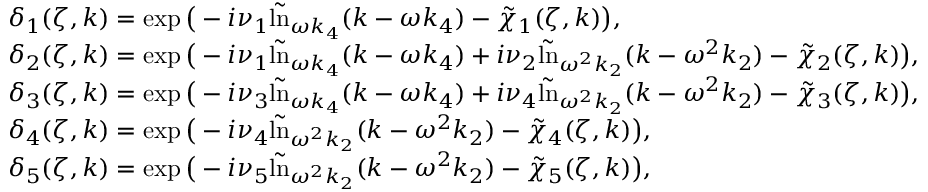
\begin{array} { r l } & { \delta _ { 1 } ( \zeta , k ) = \exp \big ( - i \nu _ { 1 } \tilde { \ln } _ { \omega k _ { 4 } } ( k - \omega k _ { 4 } ) - \tilde { \chi } _ { 1 } ( \zeta , k ) \big ) , } \\ & { \delta _ { 2 } ( \zeta , k ) = \exp \big ( - i \nu _ { 1 } \tilde { \ln } _ { \omega k _ { 4 } } ( k - \omega k _ { 4 } ) + i \nu _ { 2 } \tilde { \ln } _ { \omega ^ { 2 } k _ { 2 } } ( k - \omega ^ { 2 } k _ { 2 } ) - \tilde { \chi } _ { 2 } ( \zeta , k ) \big ) , } \\ & { \delta _ { 3 } ( \zeta , k ) = \exp \big ( - i \nu _ { 3 } \tilde { \ln } _ { \omega k _ { 4 } } ( k - \omega k _ { 4 } ) + i \nu _ { 4 } \tilde { \ln } _ { \omega ^ { 2 } k _ { 2 } } ( k - \omega ^ { 2 } k _ { 2 } ) - \tilde { \chi } _ { 3 } ( \zeta , k ) \big ) , } \\ & { \delta _ { 4 } ( \zeta , k ) = \exp \big ( - i \nu _ { 4 } \tilde { \ln } _ { \omega ^ { 2 } k _ { 2 } } ( k - \omega ^ { 2 } k _ { 2 } ) - \tilde { \chi } _ { 4 } ( \zeta , k ) \big ) , } \\ & { \delta _ { 5 } ( \zeta , k ) = \exp \big ( - i \nu _ { 5 } \tilde { \ln } _ { \omega ^ { 2 } k _ { 2 } } ( k - \omega ^ { 2 } k _ { 2 } ) - \tilde { \chi } _ { 5 } ( \zeta , k ) \big ) , } \end{array}